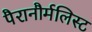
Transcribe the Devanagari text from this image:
पैरानौर्मलिस्ट